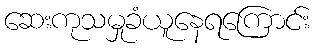
ဆေးကုသမှုခံယူနေရကြောင်း